Lunatic asylums United Provinces 1899-1908 - 1899-1908
Year: 1899
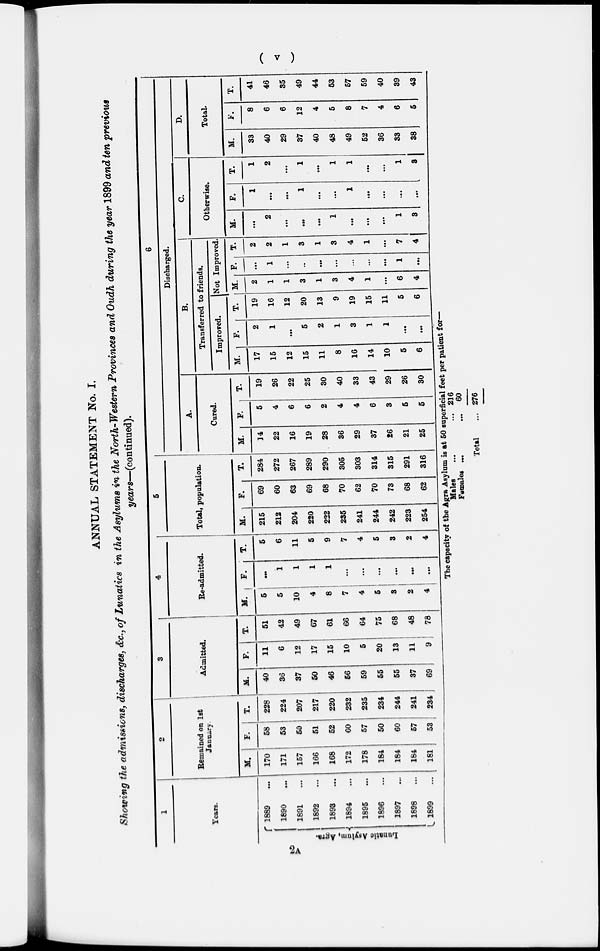
( v )
ANNUAL STATEMENT No. I.
Showing the admissions, discharges, &c., of Lunatics in the Asylums in the North-Western Provinces and Oudh during the year 1899 and ten previous
years—(continued).
1
Years.
2A Lunatic Asylum, Agra.
1889 ...
1890
...
1891 ...
1892 ...
1893 ...
1894 ...
1895 ...
1896 ...
1897
...
1898 ...
1899 ...
2
Remained on
1st
January
M.
170
171
157
166
168
172
178
184
184
184
181
F.
58
53
50
51
52
60
57
50
60
57
53
T.
228
224
207
217
220
232
235
234
244
241
234
3
Admitted.
M.
40
36
37
50
46
56
59
55
55
37
69
F.
11
6
12
17
15
10
5
20
13
11
9
T.
51
42
49
67
61
66
64
75
68
48
78
4
Re-admitted.
M.
5
5
10
4
8
7
4
5
3
2
4
F.
...
1
1
1
1
...
...
...
...
...
...
T.
5
6
11
5
9
7
4
5
3
2
4
5
Total, population.
M.
215
212
204
220
222
235
241
244
242
223
254
F.
69
60
63
69
68
70
62
70
73
68
62
T.
284
272
267
289
290
305
303
314
315
291
316
6
Discharged.
A.
Cured.
M.
14
22
16
19
28
36
29
37
26
21
25
F.
5
4
6
6
2
4
4
6
3
5
5
T.
19
26
22
25
30
40
33
43
29
26
30
B.
Transferred to friends.
Improved.
M.
17
15
12
15
11
8
16
14
10
5
6
F.
2
1
...
5
2
1
3
1
1
...
...
T.
19
16
12
20
13
9
19
15
11
5
6
Not Improved.
M.
2
1
1
3
1
3
4
1
...
6
4
F.
...
1
...
...
...
...
...
...
...
1
...
T.
2
2
1
3
1
3
4
1
...
7
4
C.
Otherwise.
M.
...
2
...
...
...
1
...
...
...
1
3
F.
1
...
...
1
...
...
1
...
...
...
...
T.
1
2
...
1
...
1
1
...
...
1
3
D.
Total.
M.
33
40
29
37
40
48
49
52
36
33
38
F.
8
6
6
12
4
5
8
7
4
6
5
T.
41
46
35
49
44
53
57
59
40
39
43
The capacity of the Agra Asylum is at 50 superficial feet per patient for—
Males ... ...
Females
...
...
Total ...
216
60
276